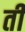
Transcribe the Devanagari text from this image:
ती